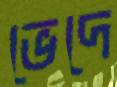
ভেদে